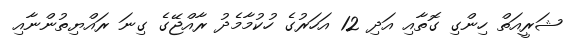
ޝަރީއަތް ހިންގި ގޮތާއި އަދި 12 އަހަރުގެ ހުކުމާމެދު ރާއްޖޭގެ ގިނަ ރައްޔިތުންނާއި